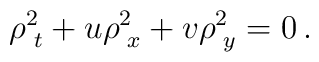
\rho^{2}_{\, \, t}+u\rho^{2}_{\, \, x}+v\rho^{2}_{\, \, y}=0 \, .